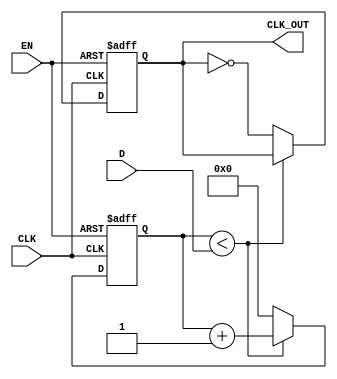
module delay_clock_buffer (
    input wire CLK,        // Input clock signal
    input wire EN,         // Enable signal
    input wire [3:0] D,   // Delay control (4-bit for up to 15 clock cycles delay)
    output reg CLK_OUT     // Output delayed clock signal
);

    reg [3:0] counter;     // Counter to implement the delay

    // Sequential logic to generate delayed clock
    always @(posedge CLK or negedge EN) begin
        if (!EN) begin
            // If disabled, hold output CLK_OUT to '0' (or can be set to '1' based on requirement)
            CLK_OUT <= 1'b0;
            counter <= 4'b0; // Reset counter
        end else begin
            // If enabled, implement the delay
            if (counter < D) begin
                counter <= counter + 1; // Increment the counter
            end else begin
                CLK_OUT <= ~CLK_OUT; // Toggle the output clock after the delay
                counter <= 4'b0; // Reset counter after toggling
            end
        end
    end

    // Initialize the output signal
    initial begin
        CLK_OUT = 1'b0; // Default state of output clock
        counter = 4'b0; // Initialize counter
    end

endmodule